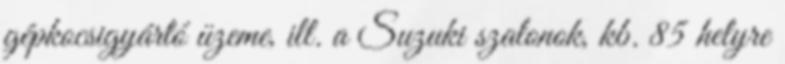
gépkocsigyártó üzeme, ill. a Suzuki szalonok, kb. 85 helyre